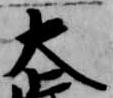
大